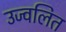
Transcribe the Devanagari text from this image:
उज्वलित